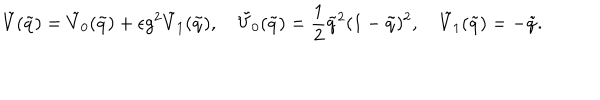
\tilde { V } ( \tilde { q } ) = \tilde { V } _ { 0 } ( \tilde { q } ) + \epsilon g ^ { 2 } \tilde { V } _ { 1 } ( \tilde { q } ) , \quad \tilde { V } _ { 0 } ( \tilde { q } ) = \frac { 1 } { 2 } \tilde { q } ^ { 2 } ( 1 - \tilde { q } ) ^ { 2 } , \quad \tilde { V } _ { 1 } ( \tilde { q } ) = - \tilde { q } .